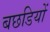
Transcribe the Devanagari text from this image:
बछडियों